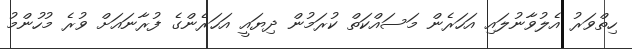
ހިތްވަރު އެލުވާނުލައި އަހަރެން މަސައްކަތް ކުރަމުން ދިޔައީ އަހަރެންގެ ފުރާނައަށް ވުރެ މުހުންމު